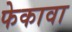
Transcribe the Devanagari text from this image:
फेकावा